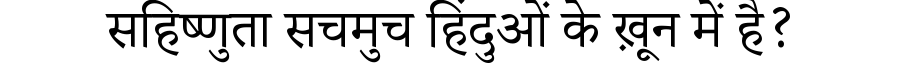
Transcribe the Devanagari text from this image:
सहिष्णुता सचमुच हिंदुओं के ख़ून में है?